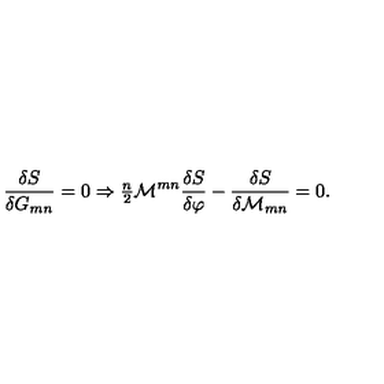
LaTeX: \frac { \delta S } { \delta G _ { m n } } = 0 \Rightarrow { \textstyle \frac { n } { 2 } } { \cal M } ^ { m n } \frac { \delta S } { \delta \varphi } - \frac { \delta S } { \delta { \cal M } _ { m n } } = 0 .